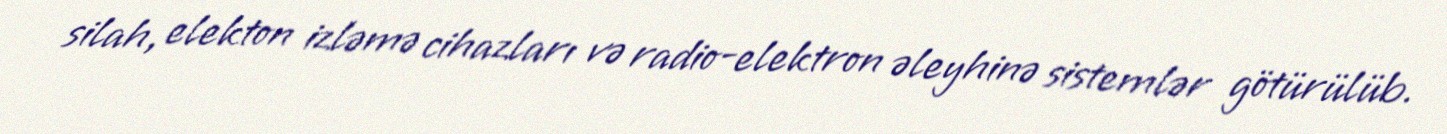
silah, elekton izləmə cihazları və radio-elektron əleyhinə sistemlər götürülüb.